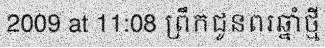
2009 at 11:08 ព្រឹកជូនពរឆ្នាំថ្មី